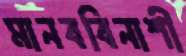
মানববিনাশী